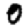
Digit: 0